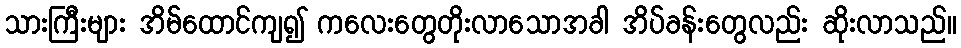
သားကြီးများ အိမ်ထောင်ကျ၍ ကလေးတွေတိုးလာသောအခါ အိပ်ခန်းတွေလည်း ဆိုးလာသည်။